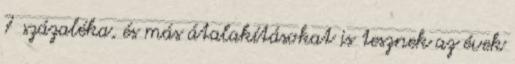
7 százaléka, és más átalakításokat is tesznek az évek